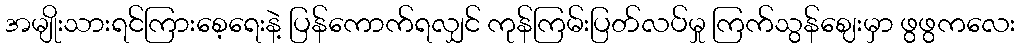
အမျိုးသားရင်ကြားစေ့ရေးနဲ့ ပြန်ကောက်ရလျှင် ကုန်ကြမ်းပြတ်လပ်မှု ကြက်သွန်ဈေးမှာ ဖွဖွကလေး